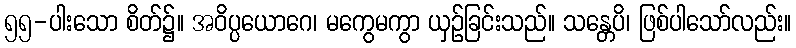
၅၅-ပါးသော စိတ်၌။ အဝိပ္ပယောဂေ၊ မကွေမကွာ ယှဉ်ခြင်းသည်။ သန္တေပိ၊ ဖြစ်ပါသော်လည်း။